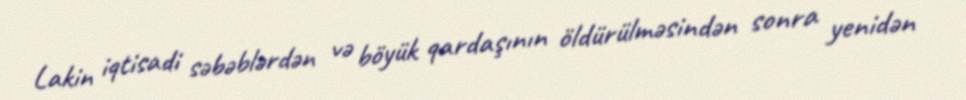
Lakin iqtisadi səbəblərdən və böyük qardaşının öldürülməsindən sonra yenidən